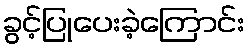
ခွင့်ပြုပေးခဲ့ကြောင်း